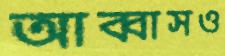
আব্বাসও